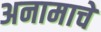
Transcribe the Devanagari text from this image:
अनामाचे